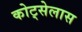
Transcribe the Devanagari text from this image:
कोट्सेलास